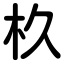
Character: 杦